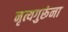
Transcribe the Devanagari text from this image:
नृत्यगुरूंना